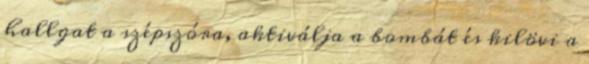
hallgat a szépszóra, aktiválja a bombát és kilövi a